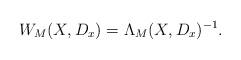
LaTeX: \begin{align*} W_M(X,D_x) = \Lambda_M(X,D_x)^{-1}. \end{align*}